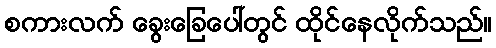
စကားလက် ခွေးခြေပေါ်တွင် ထိုင်နေလိုက်သည်။